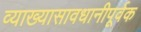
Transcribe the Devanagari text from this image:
व्याख्यासावधानीपूर्वक